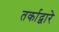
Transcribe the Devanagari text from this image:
तर्काद्वारे